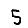
Digit: 5